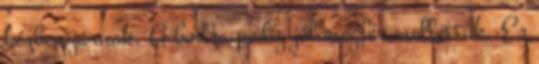
kézben járnak. A bodza pedig jól megfér mellettük. Ez